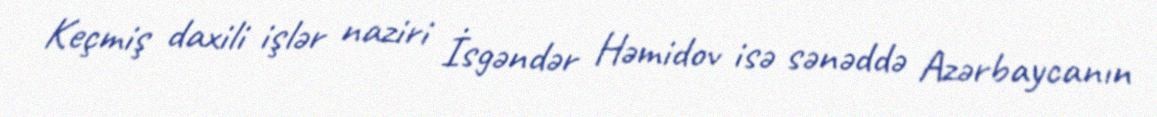
Keçmiş daxili işlər naziri İsgəndər Həmidov isə sənəddə Azərbaycanın